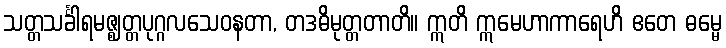
သတ္တသင်္ခါရမဇ္ဈတ္တပုဂ္ဂလသေဝနတာ, တဒဓိမုတ္တတာတိ။ ဣတိ ဣမေဟာကာရေဟိ ဧတေ ဓမ္မေ